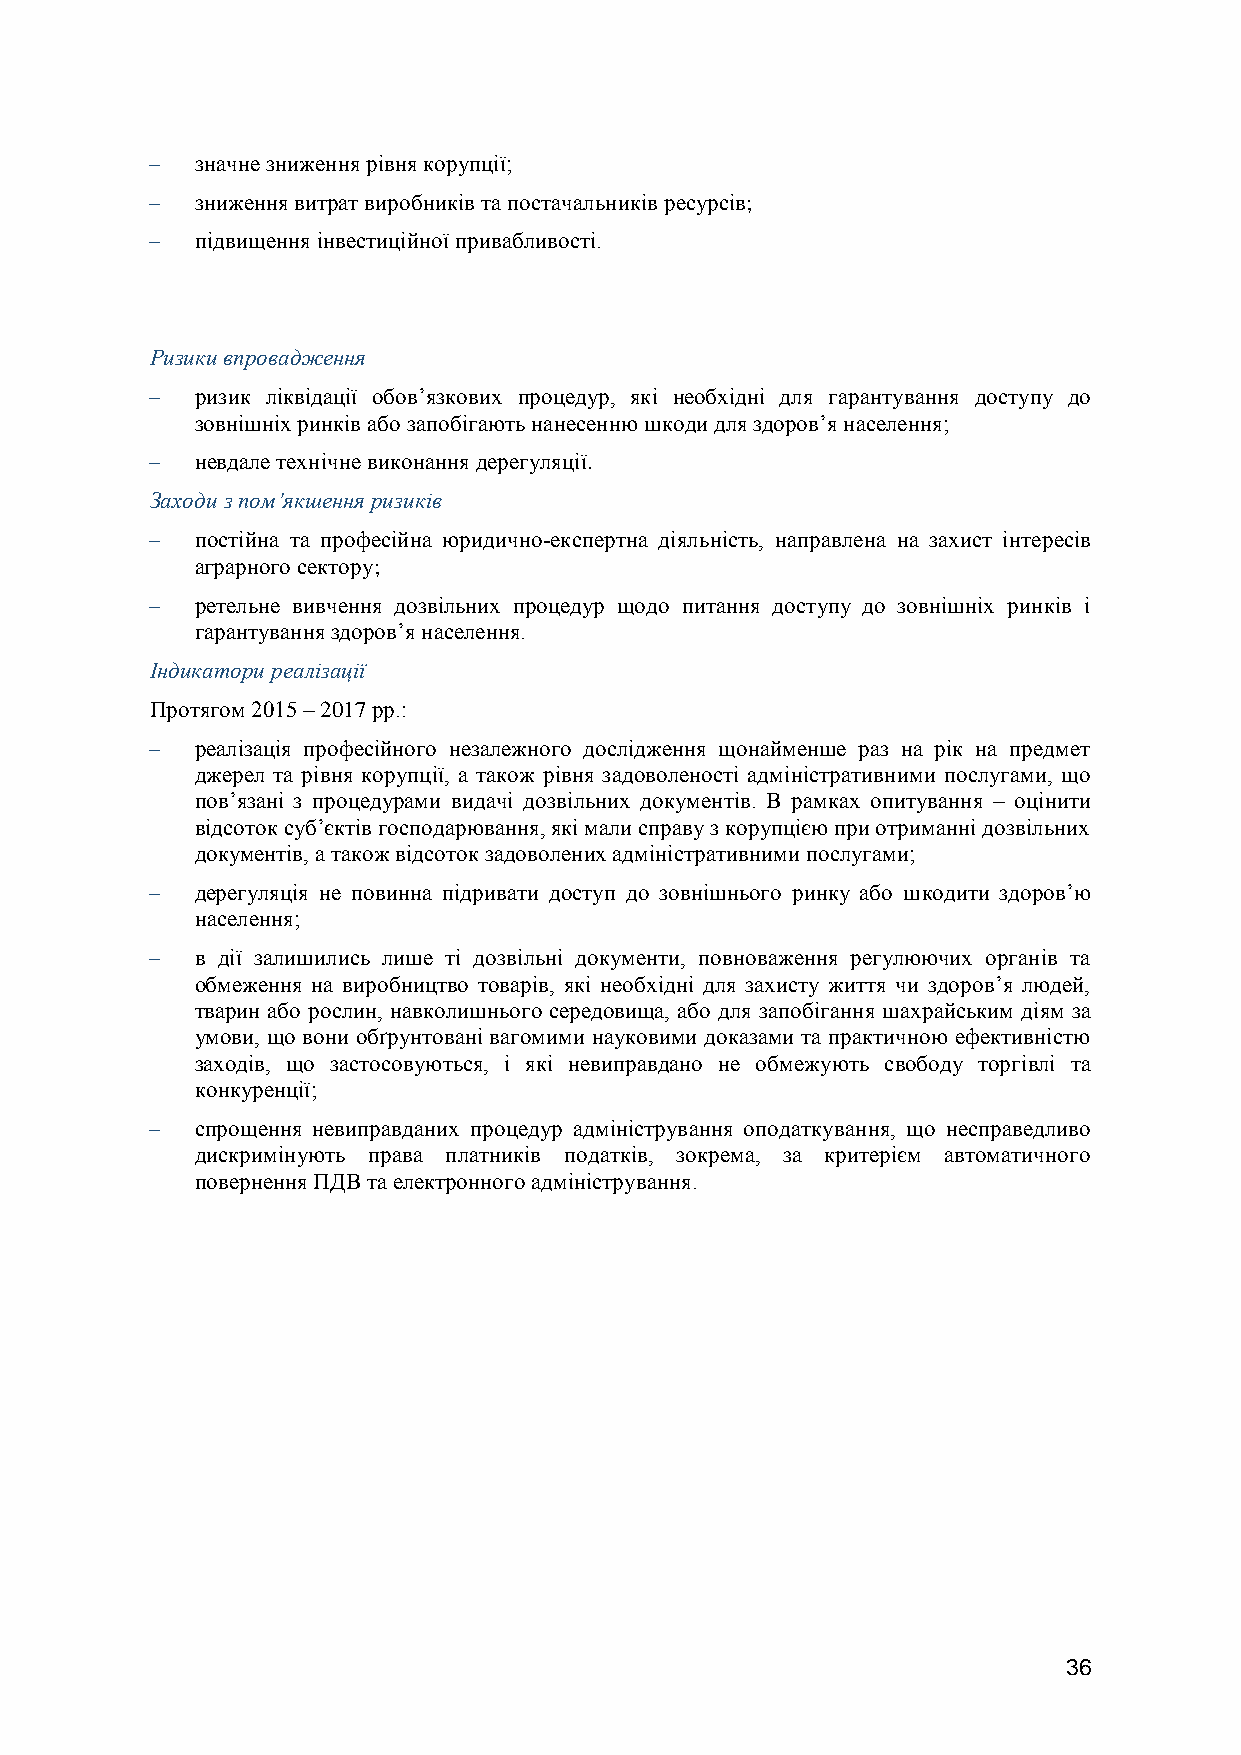
  значне зниження рівня корупції;
   зниження витрат виробників та постачальників ресурсів;
   підвищення інвестиційної привабливості.
 Ризики впровадження
   ризик ліквідації обов’язкових процедур, які необхідні для гарантування доступу до
 зовнішніх ринків або запобігають нанесенню шкоди для здоров’я населення;
   невдале технічне виконання дерегуляції.
 Заходи з пом’якшення ризиків
   постійна та професійна юридично-експертна діяльність, направлена на захист інтересів
 аграрного сектору;
   ретельне вивчення дозвільних процедур щодо питання доступу до зовнішніх ринків і
 гарантування здоров’я населення.
 Індикатори реалізації
 Протягом 2015 – 2017 рр.:
   реалізація професійного незалежного дослідження щонайменше раз на рік на предмет
 джерел та рівня корупції, а також рівня задоволеності адміністративними послугами, що
 пов’язані з процедурами видачі дозвільних документів. В рамках опитування – оцінити
 відсоток суб’єктів господарювання, які мали справу з корупцією при отриманні дозвільних
 документів, а також відсоток задоволених адміністративними послугами;
   дерегуляція не повинна підривати доступ до зовнішнього ринку або шкодити здоров’ю
 населення;
   в дії залишились лише ті дозвільні документи, повноваження регулюючих органів та
 обмеження на виробництво товарів, які необхідні для захисту життя чи здоров’я людей,
 тварин або рослин, навколишнього середовища, або для запобігання шахрайським діям за
 умови, що вони обґрунтовані вагомими науковими доказами та практичною ефективністю
 заходів, що застосовуються, і які невиправдано не обмежують свободу торгівлі та
 конкуренції;
   спрощення невиправданих процедур адміністрування оподаткування, що несправедливо
 дискримінують права платників податків, зокрема, за критерієм автоматичного
 повернення ПДВ та електронного адміністрування.
 36